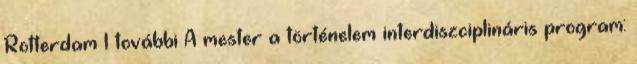
Rotterdam 1 további A mester a történelem interdiszciplináris program: